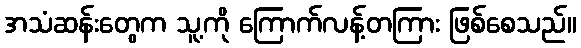
အသံဆန်းတွေက သူ့ကို ကြောက်လန့်တကြား ဖြစ်စေသည်။